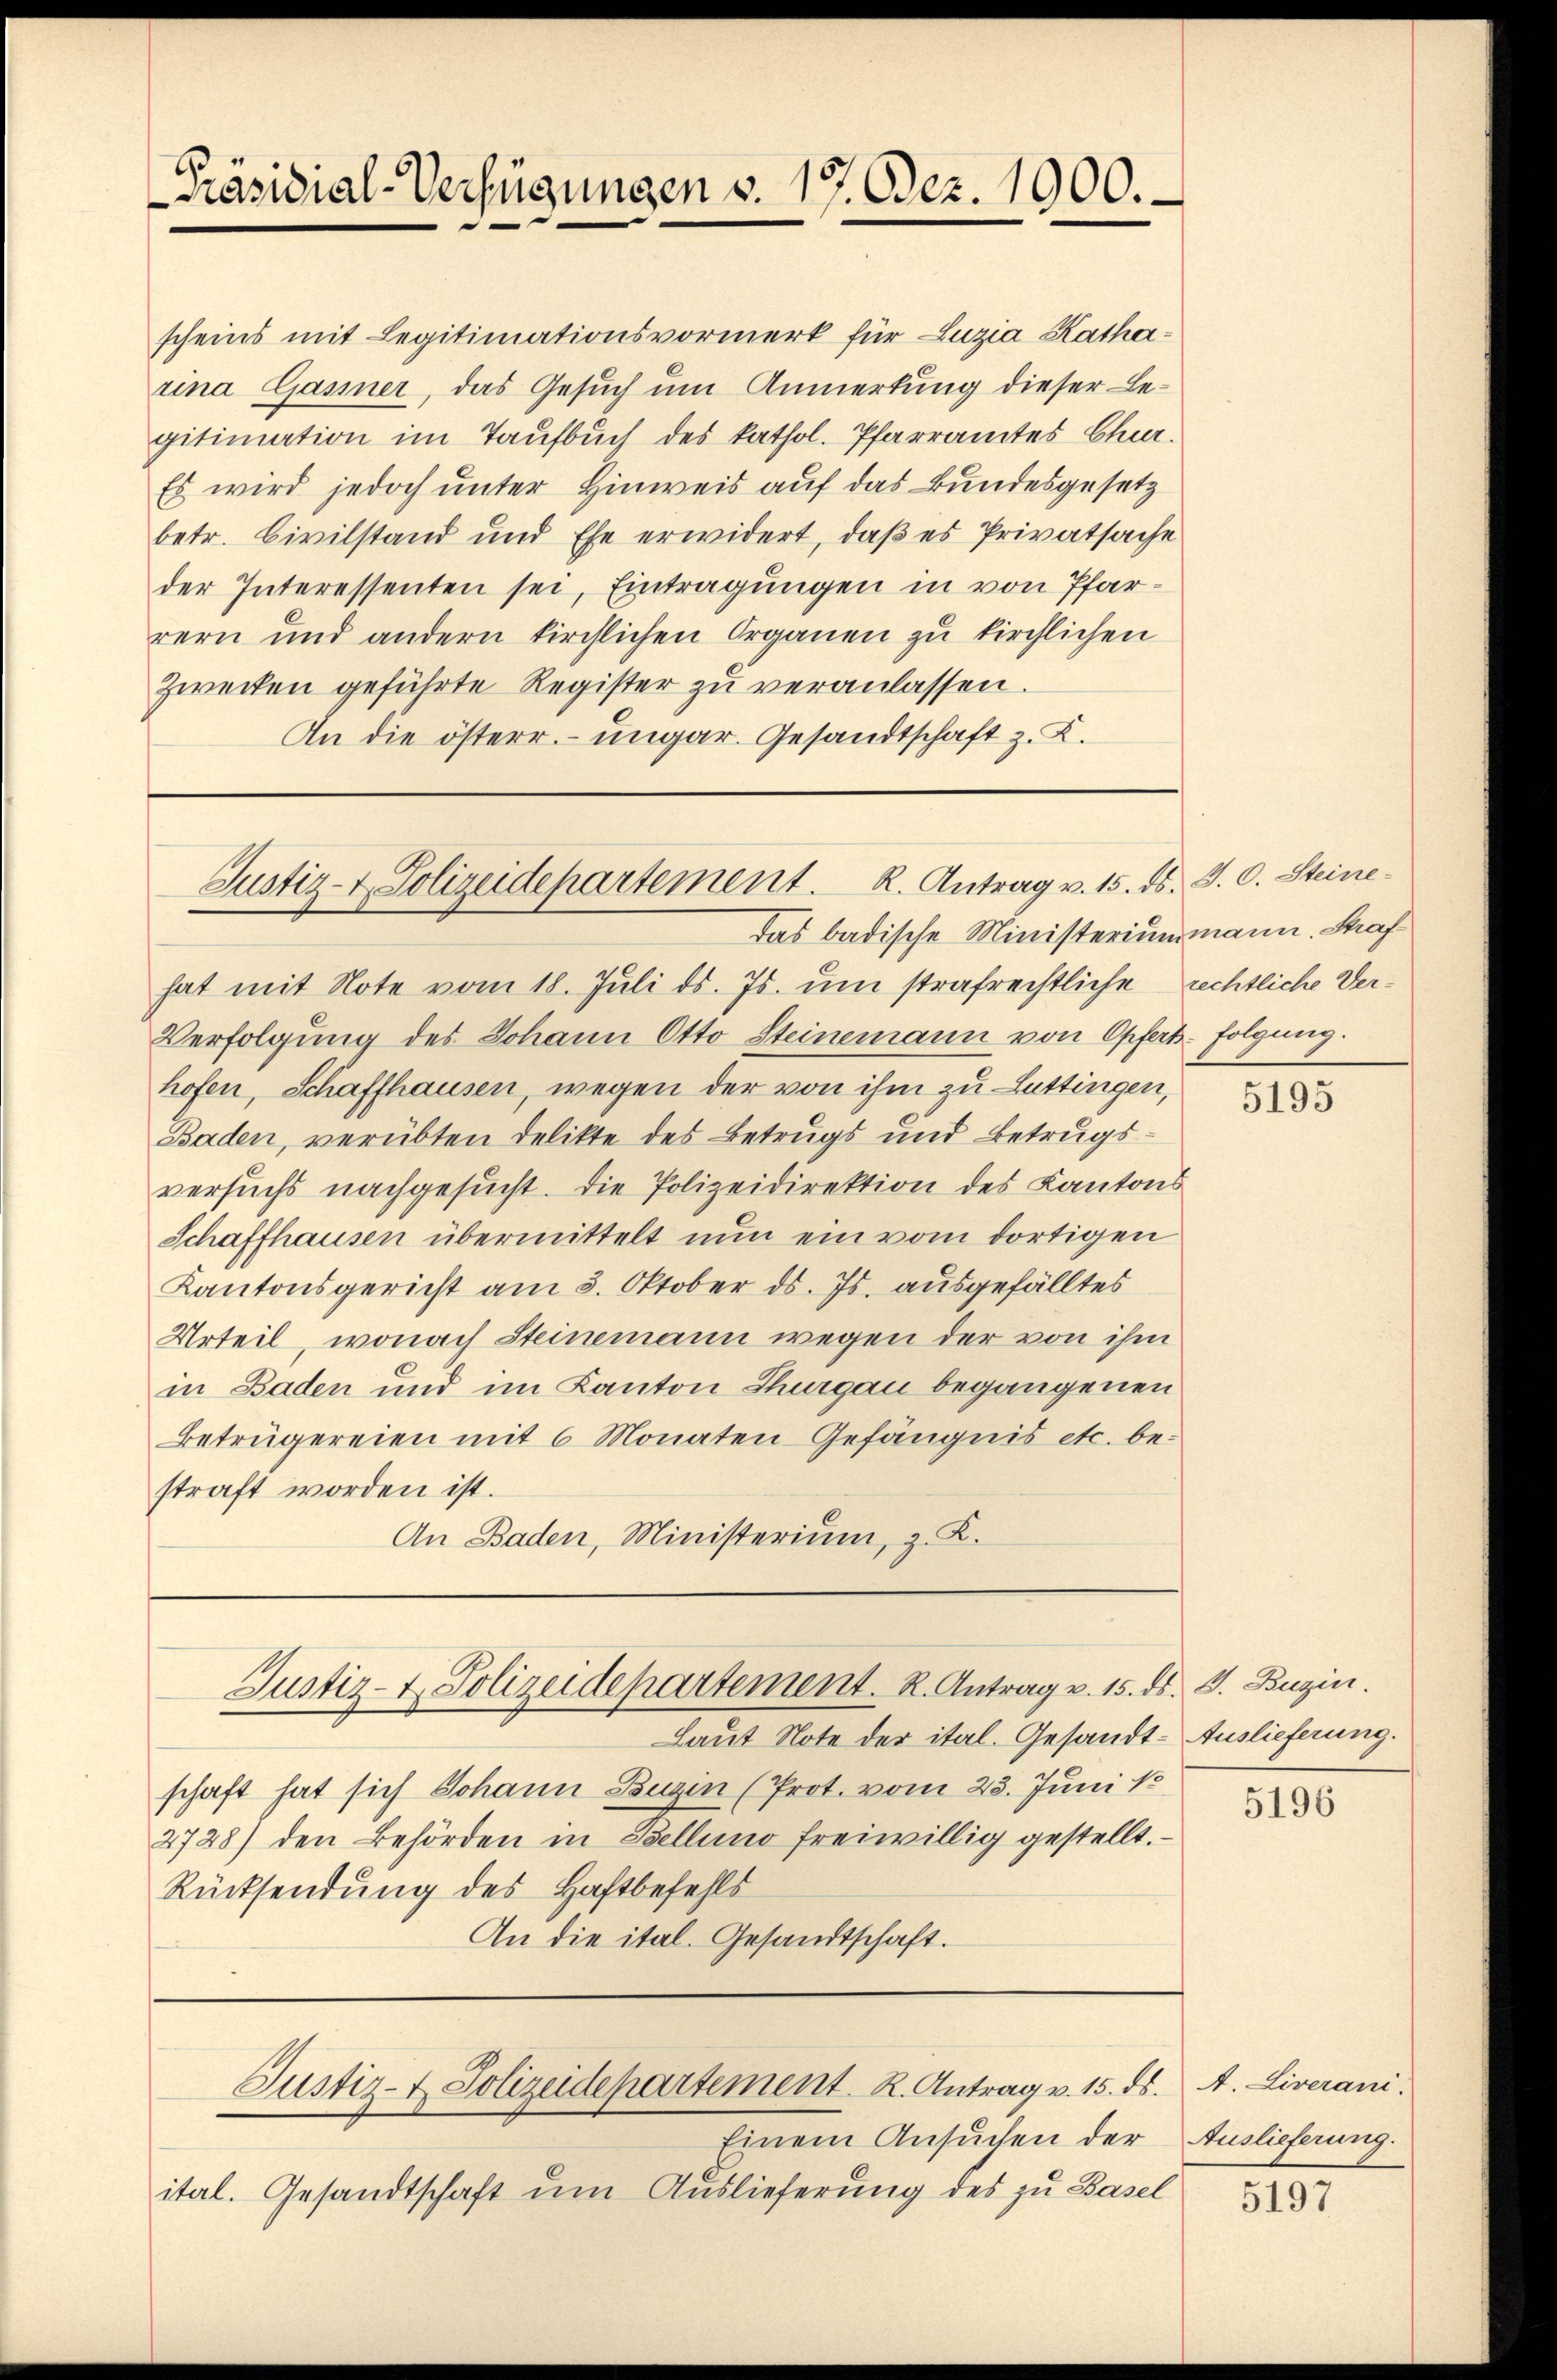
Präsidial-Verfügungen v. 17. Dez. 1900.

scheins mit Legitimationsvormerk für Luzia Katharrina Gasiner, das Gesuch um Anmerkung dieser Begitimation im Taufbuch des kathol. Pfarramtes Chur.
Es wird jedoch unter Hinweis auf das Bundesgesetz
betr. Civilstand und Ehe erwidert, daβ es Privatsache
der Interessenten sei, Eintragungen in von Pfarrern und andern kirchlichen Organen zu kirchlichen
Zwecken geführte Register zu veranlassen.
An die österr. ungar. Gesandtschaft z. K.

Justiz- & Polizeidepartement. K. Antrag v. 15. ds. J. C. Steine
Das badische Ministeriummann. Straf¬

Justiz- & Polizeidepartement. R. Antrag v. 15. ds. J. Buzin.

hat mit Note vom 18. Juli d. Js. um strafrechtliche rechtliche Ver¬
Verfolgung des Johann Otto Steinemann von Opfert-Folgung.
hofen, Schaffhausen, wegen der von ihm zu Luttingen,
Baden, verübten Delikte des Betrugs und Betrugsversuchs nachgesucht. Die Polizeidirektion des Kantons
Schaffhausen übermittelt nun ein vom dortigen
Kantonsgericht am 3. Oktober ds. Js. ausgefälltes
Urteil, wonach Steinemann wegen der von ihm
in Baden und im Kanton Thurgau begangenen
Betrügereien mit 6 Monaten Gefängnis etc. be-
straft worden ist.
An Baden, Ministerium, z. K.

Laut Note der ital. Gesandt- Auslieferung.
schaft hat sich Johann Bugin (Prot. vom 23. Juni 18
2728) den Behörden in Stellung freiwillig gestellt.
Rücksendung des Haftbefehls
An die ital. Gesandtschaft.

Einem Ansuchen der
ital. Gesandtschaft um Auslieferung des zu Basel

Justiz- & Polizeidepartement. K. Antrag v. 15. ds.

5195

5196

A. Liverani.
Auslieferung.

5197